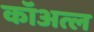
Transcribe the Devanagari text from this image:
कॉअत्ल